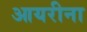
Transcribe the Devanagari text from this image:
आयरीना